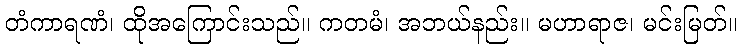
တံကာရဏံ၊ ထိုအကြောင်းသည်။ ကတမံ၊ အဘယ်နည်း။ မဟာရာဇ၊ မင်းမြတ်။